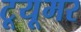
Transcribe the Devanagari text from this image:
टूयूमर